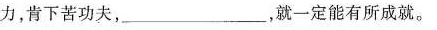
力，肯下苦功夫，___，就一定能有所成就。